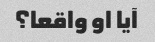
آیا او واقعا؟